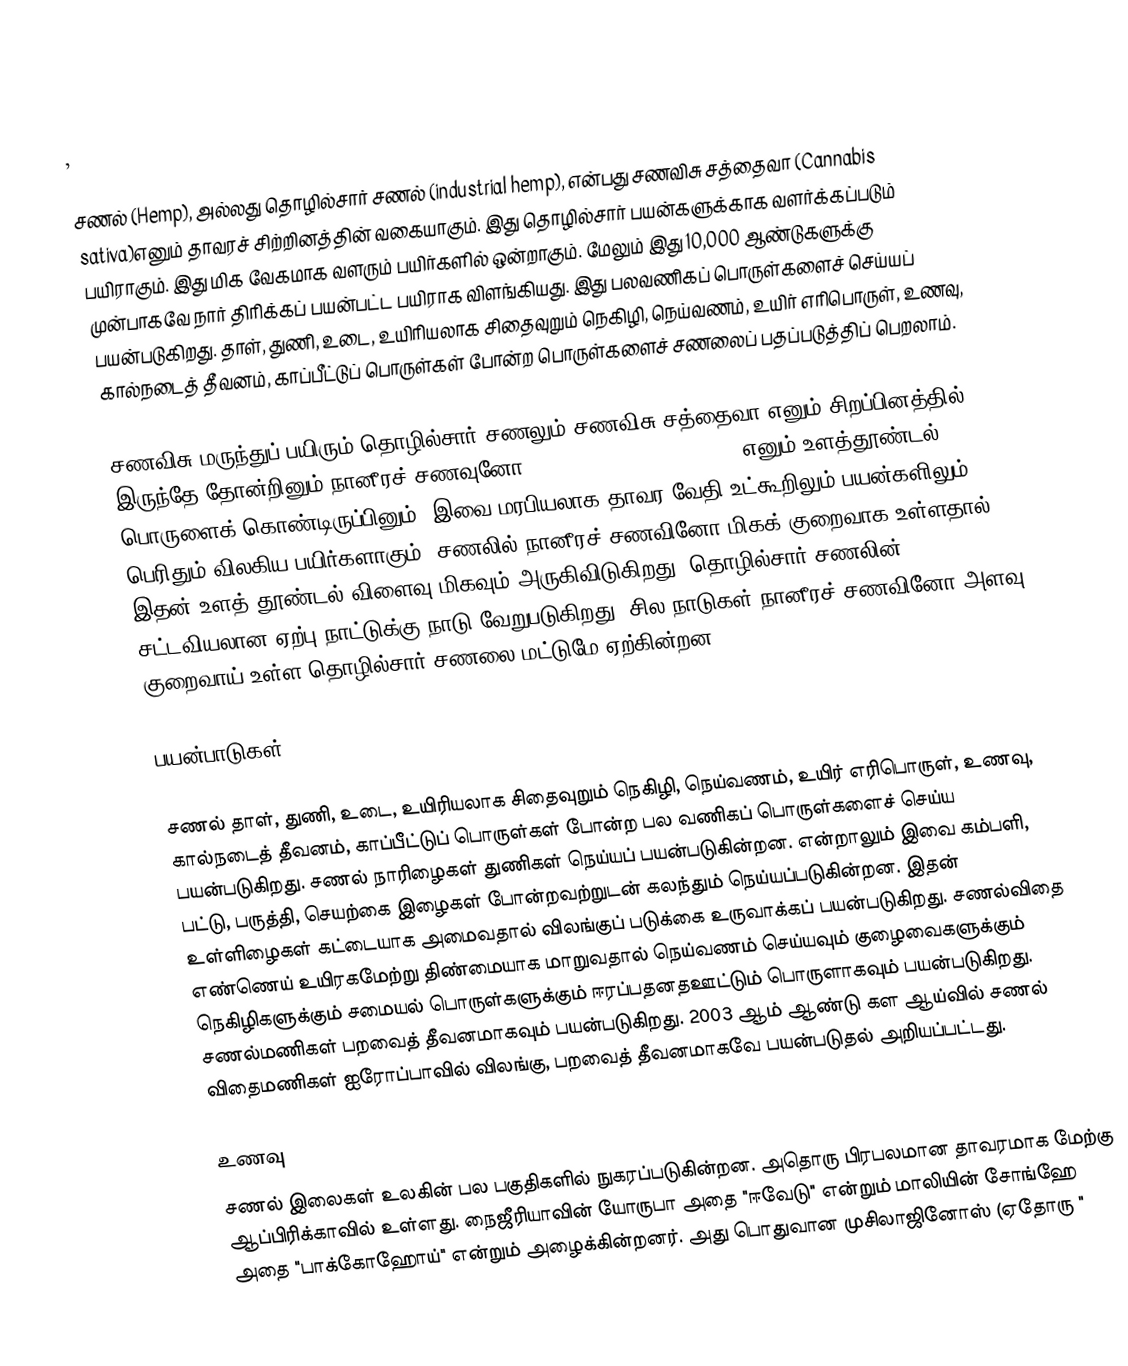
,

சணல் (Hemp), அல்லது  தொழில்சார் சணல் (industrial hemp),  என்பது சணவிசு சத்தைவா (Cannabis sativa)எனும் தாவரச்  சிற்றினத்தின் வகையாகும். இது தொழில்சார் பயன்களுக்காக வளர்க்கப்படும் பயிராகும். இது மிக வேகமாக வளரும் பயிர்களில் ஒன்றாகும். மேலும் இது 10,000 ஆண்டுகளுக்கு முன்பாகவே நார் திரிக்கப் பயன்பட்ட பயிராக விளங்கியது. இது பலவணிகப் பொருள்களைச் செய்யப் பயன்படுகிறது. தாள், துணி, உடை, உயிரியலாக சிதைவுறும் நெகிழி, நெய்வணம், உயிர் எரிபொருள், உணவு, கால்நடைத் தீவனம், காப்பீட்டுப் பொருள்கள் போன்ற பொருள்களைச் சணலைப் பதப்படுத்திப் பெறலாம்.

சணவிசு மருந்துப் பயிரும் தொழில்சார் சணலும் சணவிசு சத்தைவா எனும் சிறப்பினத்தில் இருந்தே தோன்றினும் நானீரச் சணவுனோ (tetrahydrocannabino-THC) எனும் உளத்தூண்டல் பொருளைக் கொண்டிருப்பினும், இவை மரபியலாக தாவர-வேதி உட்கூறிலும் பயன்களிலும் பெரிதும் விலகிய பயிர்களாகும். சணலில் நானீரச் சணவினோ மிகக் குறைவாக உள்ளதால் இதன் உளத் தூண்டல் விளைவு மிகவும் அருகிவிடுகிறது. தொழில்சார் சணலின் சட்டவியலான ஏற்பு நாட்டுக்கு நாடு வேறுபடுகிறது. சில நாடுகள் நானீரச் சணவினோ அளவு குறைவாய் உள்ள தொழில்சார் சணலை மட்டுமே ஏற்கின்றன.

பயன்பாடுகள்

சணல் தாள், துணி, உடை, உயிரியலாக சிதைவுறும் நெகிழி, நெய்வணம், உயிர் எரிபொருள், உணவு, கால்நடைத் தீவனம், காப்பீட்டுப் பொருள்கள் போன்ற  பல வணிகப் பொருள்களைச் செய்ய பயன்படுகிறது. சணல் நாரிழைகள் துணிகள் நெய்யப் பயன்படுகின்றன. என்றாலும் இவை கம்பளி, பட்டு, பருத்தி, செயற்கை இழைகள் போன்றவற்றுடன் கலந்தும் நெய்யப்படுகின்றன.   இதன் உள்ளிழைகள் கட்டையாக அமைவதால் விலங்குப்  படுக்கை உருவாக்கப் பயன்படுகிறது. சணல்விதை எண்ணெய் உயிரகமேற்று திண்மையாக மாறுவதால் நெய்வணம் செய்யவும் குழைவைகளுக்கும் நெகிழிகளுக்கும் சமையல் பொருள்களுக்கும் ஈரப்பதனதஊட்டும் பொருளாகவும் பயன்படுகிறது. சணல்மணிகள் பறவைத் தீவனமாகவும் பயன்படுகிறது. 2003 ஆம் ஆண்டு கள ஆய்வில் சணல் விதைமணிகள் ஐரோப்பாவில் விலங்கு, பறவைத் தீவனமாகவே  பயன்படுதல் அறியப்பட்டது.

உணவு
சணல் இலைகள் உலகின் பல பகுதிகளில் நுகரப்படுகின்றன. அதொரு பிரபலமான தாவரமாக மேற்கு ஆப்பிரிக்காவில் உள்ளது. நைஜீரியாவின் யோருபா அதை "ஈவேடு" என்றும் மாலியின் சோங்ஹே அதை "பாக்கோஹோய்" என்றும் அழைக்கின்றனர். அது பொதுவான முசிலாஜினோஸ் (ஏதோரு "